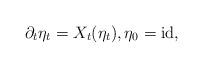
LaTeX: \begin{align*}\partial_t \eta_t = X_t(\eta_t), \eta_0 = \mathrm{id},\end{align*}